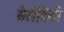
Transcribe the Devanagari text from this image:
सेरीविसी